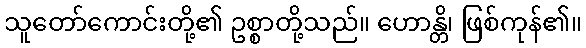
သူတော်ကောင်းတို့၏ ဥစ္စာတို့သည်။ ဟောန္တိ၊ ဖြစ်ကုန်၏။